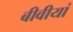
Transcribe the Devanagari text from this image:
बीवीयां